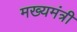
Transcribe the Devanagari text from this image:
मख्यमंत्री